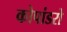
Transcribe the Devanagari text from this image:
कोपांडरो